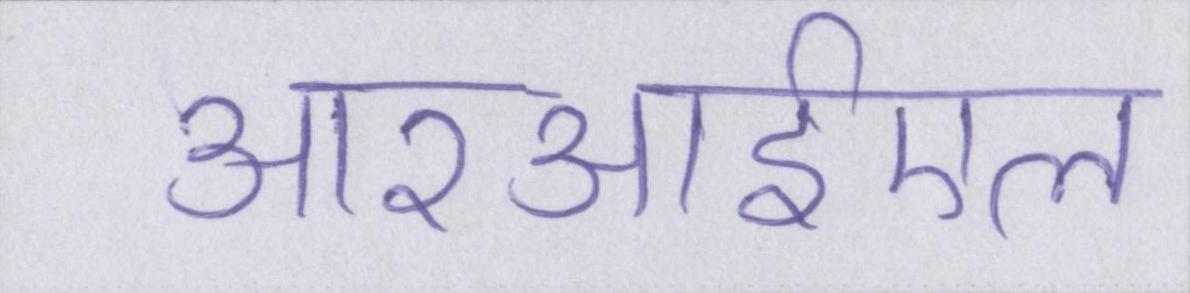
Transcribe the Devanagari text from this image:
आरआईएल